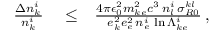
\begin{array} { r l r } { \frac { \Delta n _ { k } ^ { i } } { n _ { k } ^ { i } } } & { { } \le } & { \frac { 4 \pi \epsilon _ { 0 } ^ { 2 } m _ { k e } ^ { 2 } c ^ { 3 } \, n _ { l } ^ { i } \, \sigma _ { R 0 } ^ { k l } } { e _ { k } ^ { 2 } e _ { e } ^ { 2 } \, n _ { e } ^ { i } \, \ln \Lambda _ { k e } ^ { i } } \, , } \end{array}